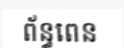
ព័ន្ធពេន